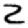
Digit: 2